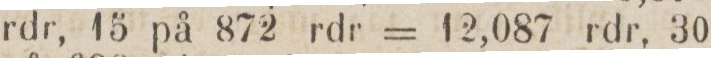
rdr, 15 på 872 rdr = 12,087 rdr, 30